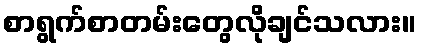
စာရွက်စာတမ်းတွေလိုချင်သလား။